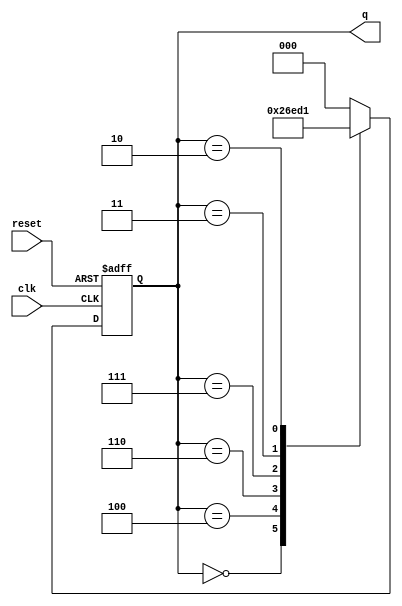
module johnson_counter (
    input clk,          // Clock input
    input reset,        // Asynchronous reset
    output reg [2:0] q  // 3-bit output representing the state of the counter
);

// State Encoding
localparam S0 = 3'b000;  // State 0
localparam S1 = 3'b100;  // State 1
localparam S2 = 3'b110;  // State 2
localparam S3 = 3'b111;  // State 3
localparam S4 = 3'b011;  // State 4
localparam S5 = 3'b010;  // State 5
localparam S6 = 3'b001;  // State 6
localparam S7 = 3'b000;  // State 7 (wrap around)

// State Transition Logic
always @(posedge clk or posedge reset) begin
    if (reset) begin
        q <= S0; // Initialize to State 0 on reset
    end else begin
        case (q)
            S0: q <= S1;
            S1: q <= S2;
            S2: q <= S3;
            S3: q <= S4;
            S4: q <= S5;
            S5: q <= S6;
            S6: q <= S7;
            S7: q <= S0;
            default: q <= S0; // Default case
        endcase
    end
end

endmodule